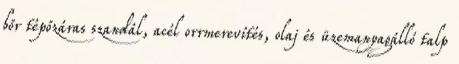
bőr tépőzáras szandál, acél orrmerevítés, olaj és üzemanyagálló talp